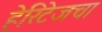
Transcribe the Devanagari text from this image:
हेरिटेजचा